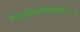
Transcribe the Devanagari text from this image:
सकलनिगमागोचरगुणे॥२॥